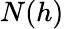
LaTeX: N(h)